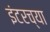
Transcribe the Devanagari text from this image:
इंटरच्या